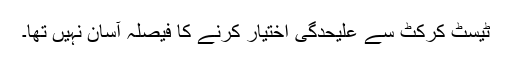
ٹیسٹ کرکٹ سے علیحدگی اختیار کرنے کا فیصلہ آسان نہیں تھا۔